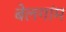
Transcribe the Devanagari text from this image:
बेलगांम